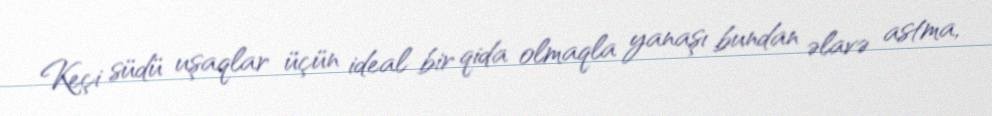
Keçi südü uşaqlar üçün ideal bir qida olmaqla yanaşı bundan əlavə astma,